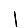
Digit: 1